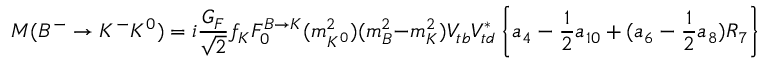
M ( B ^ { - } \to K ^ { - } K ^ { 0 } ) = i \frac { G _ { F } } { \sqrt { 2 } } f _ { K } F _ { 0 } ^ { B \to K } ( m _ { K ^ { 0 } } ^ { 2 } ) ( m _ { B } ^ { 2 } - m _ { K } ^ { 2 } ) V _ { t b } V _ { t d } ^ { * } \left\{ a _ { 4 } - \frac { 1 } { 2 } a _ { 1 0 } + ( a _ { 6 } - \frac { 1 } { 2 } a _ { 8 } ) R _ { 7 } \right\} ,